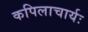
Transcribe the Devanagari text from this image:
कपिलाचार्यः